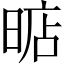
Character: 𣈘